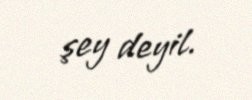
şey deyil.